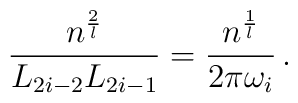
\frac{n^{\frac{2}{l}}}{L_{2i-2}L_{2i-1}} =                \frac{n^{\frac{1}{l}}}{2\pi\omega_i} \,.